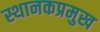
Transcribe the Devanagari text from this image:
स्थानकप्रमुख